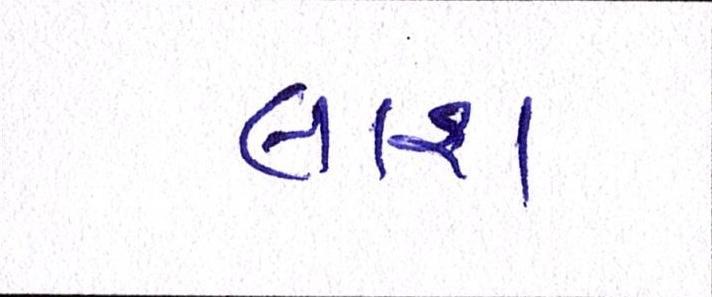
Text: લાશ